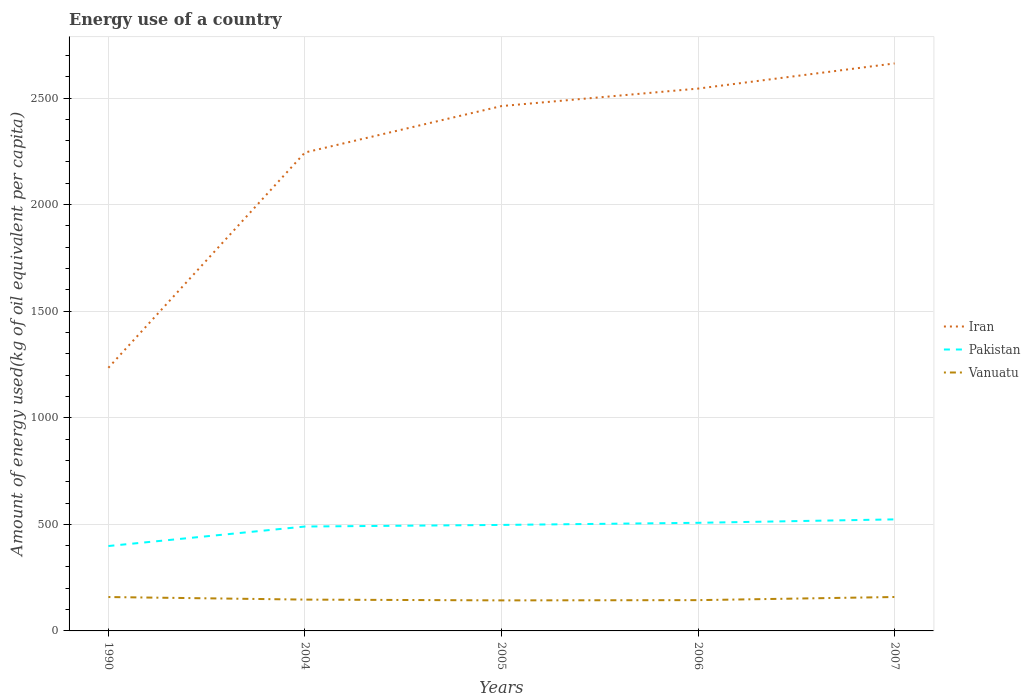
| Years | Iran | Pakistan | Vanuatu |
 | --- | --- | --- | --- |
 | 1990 | 1.23e+03 | 398 | 159 |
 | 2004 | 2.24e+03 | 490 | 147 |
 | 2005 | 2.46e+03 | 497 | 143 |
 | 2006 | 2.54e+03 | 507 | 144 |
 | 2007 | 2.66e+03 | 523 | 159 |